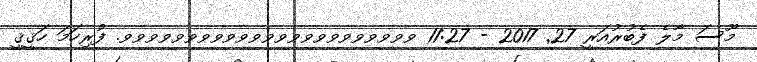
މޫސަ މާލެ ފެބުރުއަރީ 27